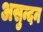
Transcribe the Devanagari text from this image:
असुन्दन